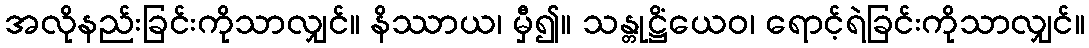
အလိုနည်းခြင်းကိုသာလျှင်။ နိဿာယ၊ မှီ၍။ သန္တုဋ္ဌိံယေဝ၊ ရောင့်ရဲခြင်းကိုသာလျှင်။